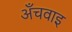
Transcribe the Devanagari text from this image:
अँचवाइ